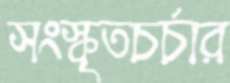
সংস্কৃতচর্চার